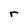
Character: r